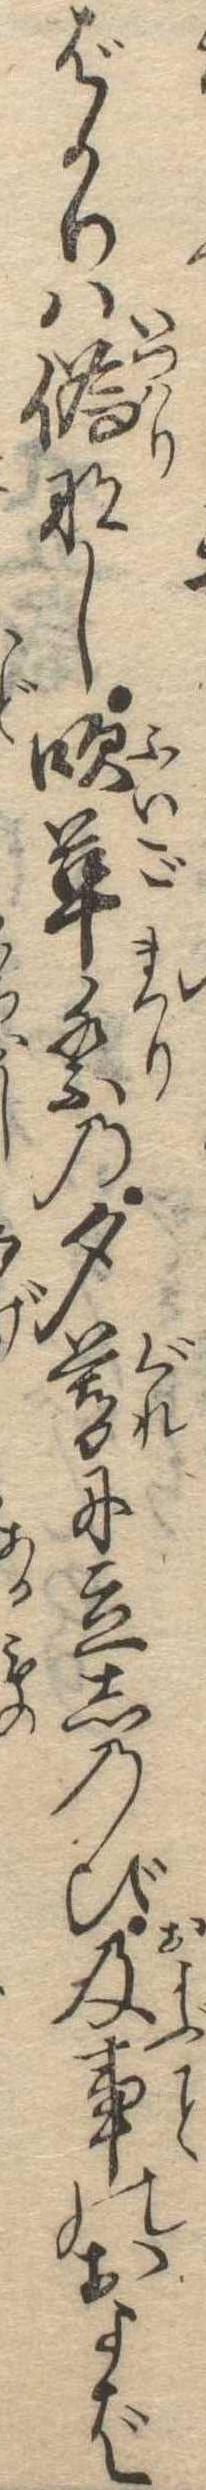
ばかりは偽なし吹革祭の夕暮に立しのび及事のおよば